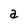
Character: a